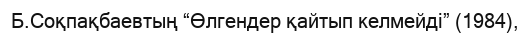
Б.Соқпақбаевтың “Өлгендер қайтып келмейді” (1984),